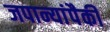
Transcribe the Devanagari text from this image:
जपान्यांपैकी